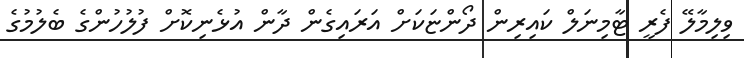
ވިލިމާލޭ ފެރީ ޓާމިނަލް ކައިރިން ދޯންޏަކަށް އަރައިގެން ދާން އުޅެނިކޮށް ފުލުހުންގެ ބެލުމުގެ